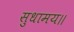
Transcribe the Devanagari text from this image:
सुधामय॥